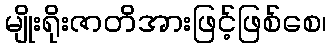
မျိုးရိုးဇာတိအားဖြင့်ဖြစ်စေ၊